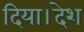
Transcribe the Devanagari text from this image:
दिया।देश